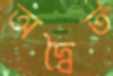
অদ্বৈত